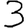
Digit: 3